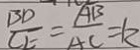
\frac { B D } { C E } = \frac { A B } { A C } = k